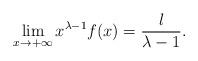
LaTeX: \begin{align*} \lim_{x\rightarrow+\infty}x^{\lambda-1}f(x)=\frac{l}{\lambda-1}.\end{align*}